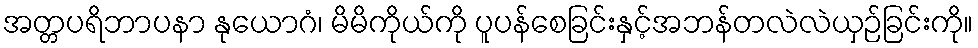
အတ္တပရိဘာပနာ နုယောဂံ၊ မိမိကိုယ်ကို ပူပန်စေခြင်းနှင့်အဘန်တလဲလဲယှဉ်ခြင်းကို။